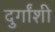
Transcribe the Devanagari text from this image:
दुर्गांशी